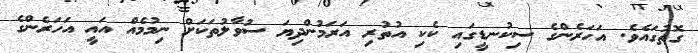
ގޮތުގައެވެ. އަހަރެންގެ ސިކުނޑީގައި ކެކި އުތުރި އަރަމުންދިޔަ ސުވާލުތަކަށް ނިިމުމެއް އައީ އަަހަރެންްގެ